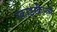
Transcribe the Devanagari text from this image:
स्काईस्क्रैपर्स